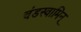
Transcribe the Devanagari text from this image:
चंडस्वामिन्